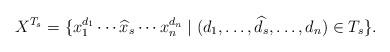
LaTeX: \begin{align*}X^{T_s}=\{x_1^{d_1}\cdots \widehat{x}_s \cdots x_n^{d_n} \mid(d_1,\dots,\widehat{d}_s,\dots ,d_n)\in T_s\}.\end{align*}